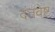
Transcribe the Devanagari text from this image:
दंतवेष्ट